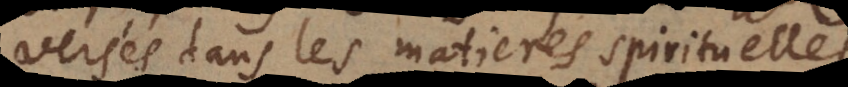
versés dans les matieres spirituelles.